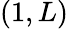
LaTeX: (1,L)